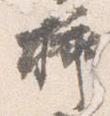
挿